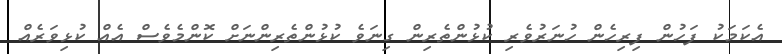
އެކަމަކު ފަހުން ފިރިހެން ހުނަރުވެރި ކުޅުންތެރިން ގިނަވެ ކުޅުންތެރިންނަށް ކޮންމެވެސް އެއް ކުޅިވަރެއް